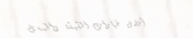
أفضل خيارات الشيشة والمسل